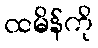
ထမိန်ကို